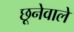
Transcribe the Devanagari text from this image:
छूनेवाले